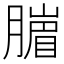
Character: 𦠙